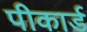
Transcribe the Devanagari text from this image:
पीकार्ड